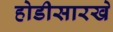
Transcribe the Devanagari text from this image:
होडीसारखे